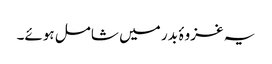
یہ غزوۂ بدر میں شامل ہوئے۔